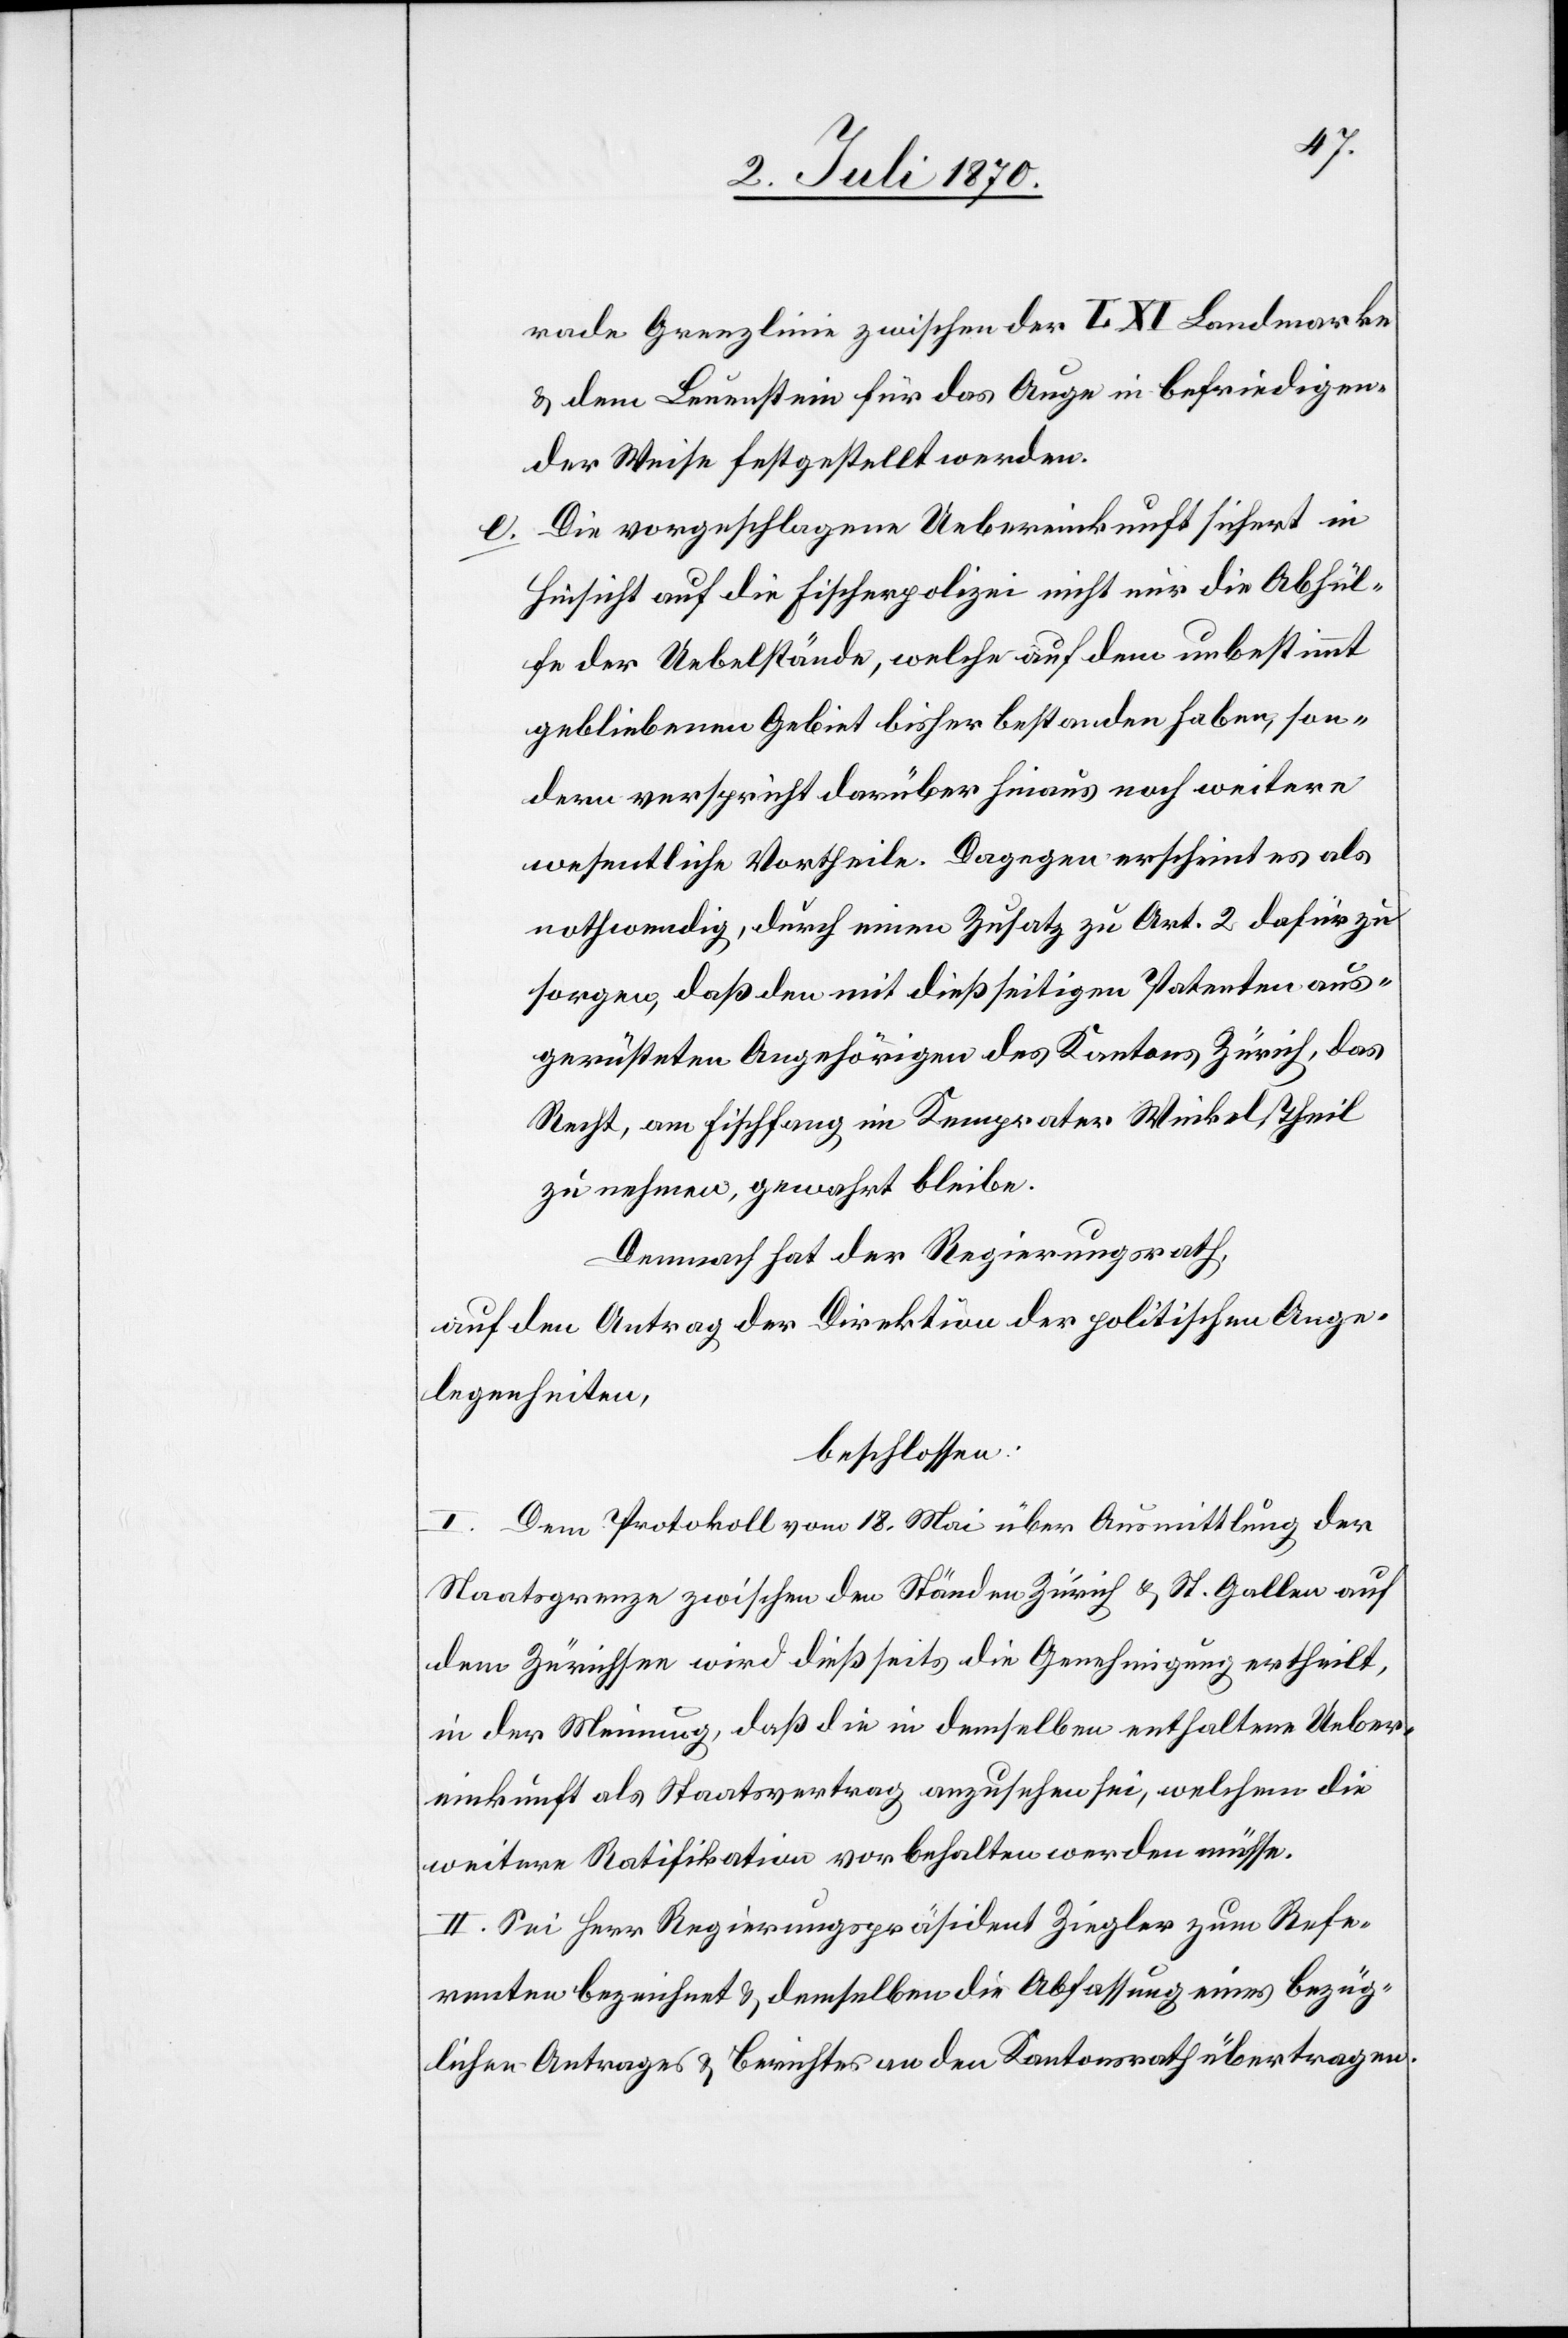
rade Grenzlinie zwischen der I. XI Landmarke
& dem Leuenstein für das Auge in befriedigen¬
der Weise festgestellt werden.
e. Die vorgeschlagene Uebereinkunft sichert in
Hinsicht auf die Fischerpolizei nicht nur die Abhül¬
fe der Uebelstände, welche auf dem unbestimmt
gebliebenen Gebiet bisher bestanden haben, son¬
dern verspricht darüber hinaus noch weitere
wesentliche Vortheile. Dagegen erscheint es als
nothwendig, durch einen Zusatz zu Art. 2 dafür zu
sorgen, daß den mit dießseitigen Patenten aus¬
gerüsteten Angehörigen des Kantons Zürich, das
Recht, am Fischfang im Kemprater Winkel Theil
zu nehmen, gewahrt bleibe.
Demnach hat der Regierungsrath,
auf den Antrag der Direktion der politischen Ange¬
legenheiten,
beschlossen:
I. Dem Protokoll vom 18. Mai über Ausmittlung der
Staatsgrenze zwischen den Ständen Zürich & St. Gallen auf
dem Zürichsee wird dießseits die Genehmigung ertheilt,
in der Meinung, daß die in demselben enthaltene Ueber¬
einkunft als Staatsvertrag anzusehen sei, welchem die
weitere Ratifikation vorbehalten werden müsse.
II. Sei Herr Regierungspräsident Ziegler zum Refe¬
renten bezeichnet & demselben die Abfassung eines bezüg¬
lichen Antrages & Berichtes an den Kantonsrath übertragen.